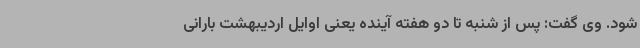
شود. وی گفت: پس از شنبه تا دو هفته آینده یعنی اوایل اردیبهشت بارانی